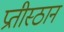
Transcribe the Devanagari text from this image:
प्रतीस्ठान